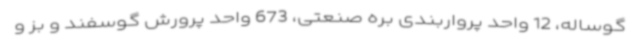
گوساله، 12 واحد پرواربندی بره صنعتی، 673 واحد پرورش گوسفند و بز و